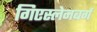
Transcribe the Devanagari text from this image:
गिएस्लेनबर्ग